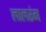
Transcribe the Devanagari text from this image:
लालरंग